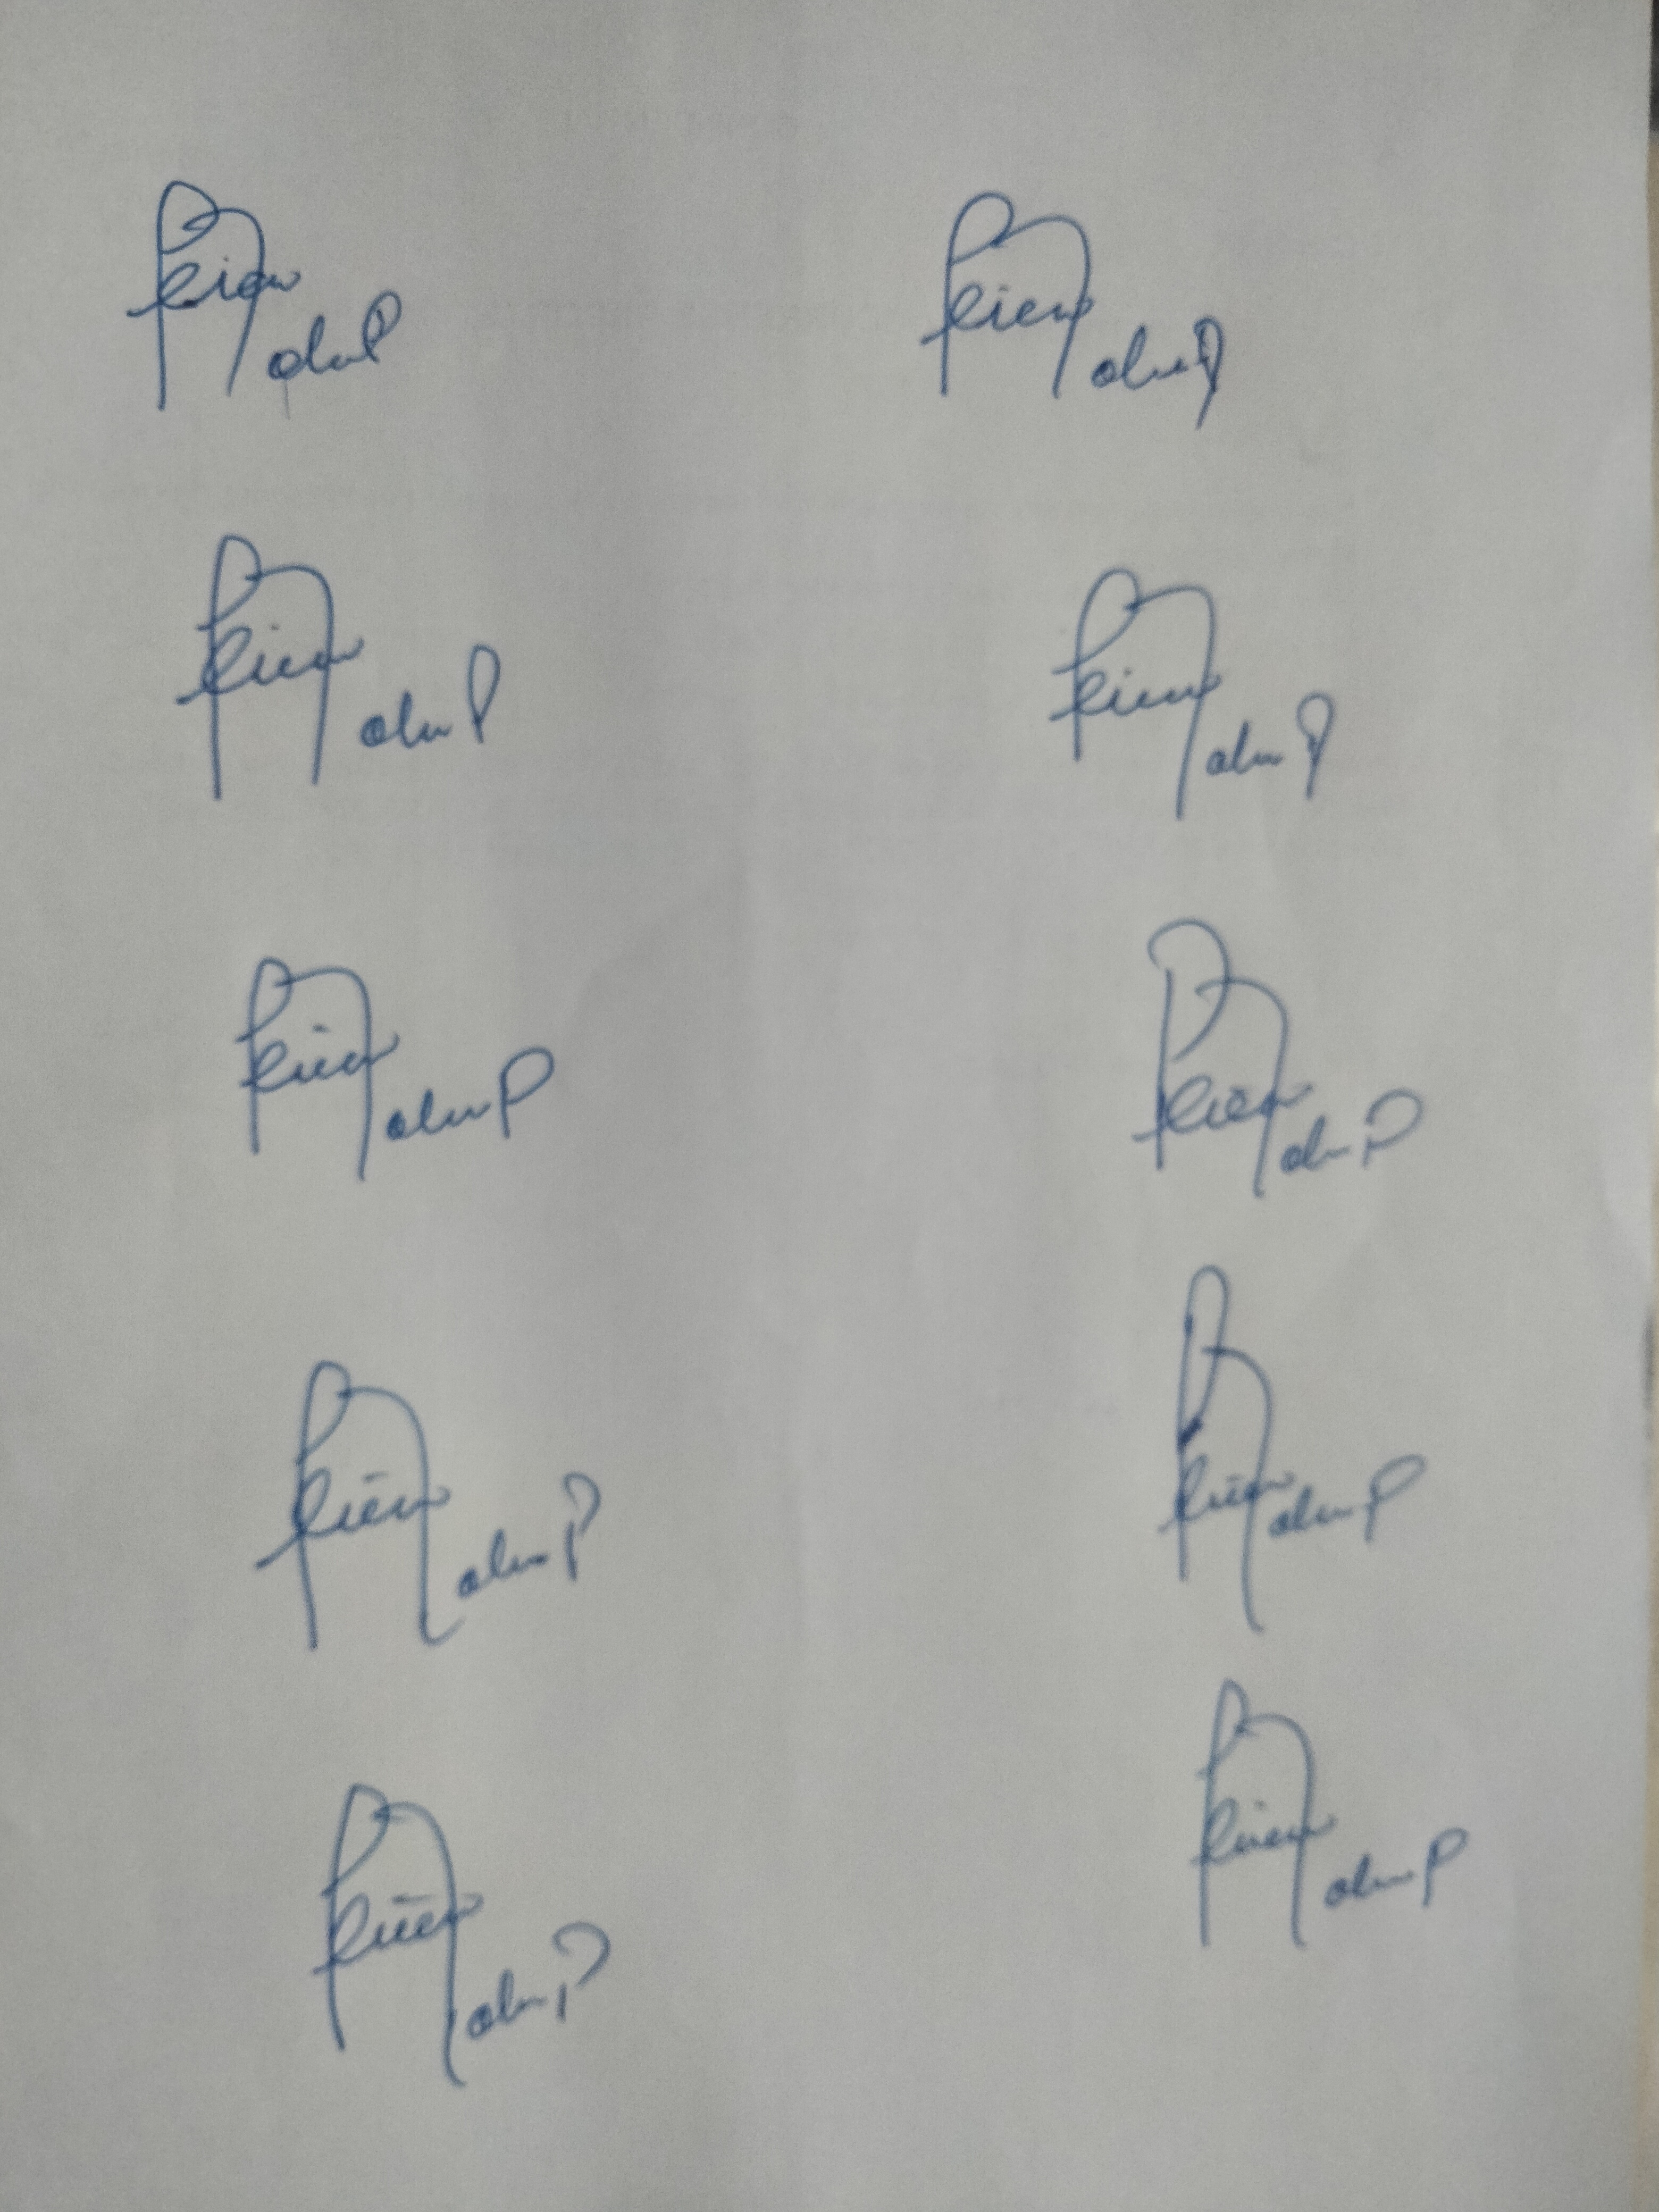
Signature authenticity: forged